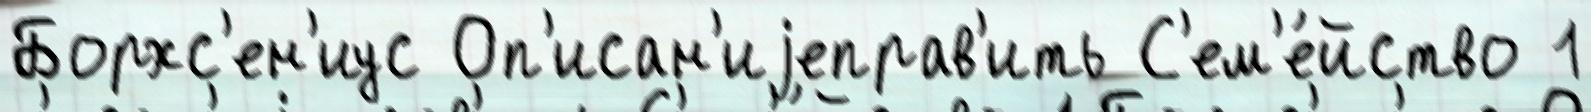
Борхс'ен'иус Оп'исан'иjеправ'ить С'ем'е́йство 1